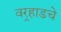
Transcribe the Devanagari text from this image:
वर्‍हाडचे